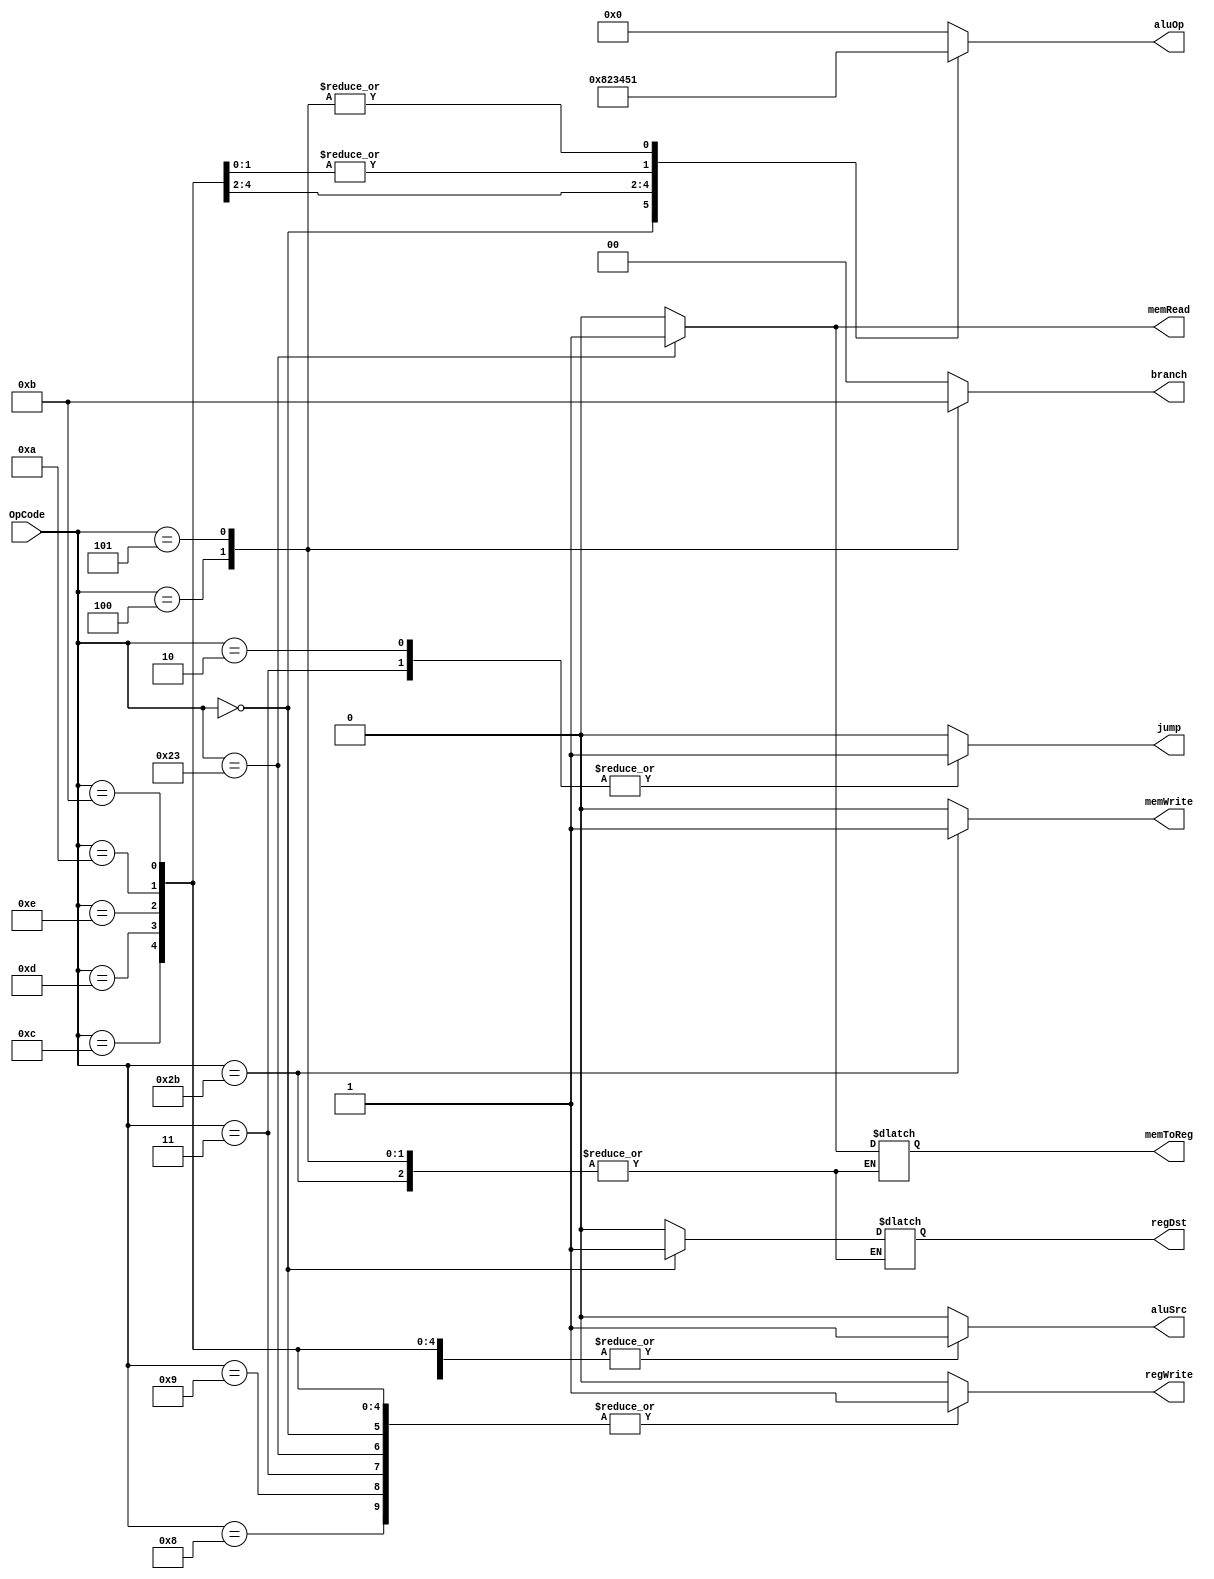
`timescale 1ns / 1ps
//////////////////////////////////////////////////////////////////////////////////
// Company: 
// Engineer: 
// 
// Design Name: 
// Module Name: Ctr
// Project Name: 
// Target Devices: 
// Tool Versions: 
// Description: 
// 
// Dependencies: 
// 
// Revision:
// Revision 0.01 - File Created
// Additional Comments:
// 
//////////////////////////////////////////////////////////////////////////////////


module Ctr(
    input [5:0] OpCode,
    output regDst,
    output aluSrc,
    output memToReg,
    output regWrite,
    output memRead,
    output memWrite,
    output [1:0] branch,
    output [3:0] aluOp,
    output jump
    );
    
    reg RegDst;
    reg ALUSrc;
    reg MemToReg;
    reg RegWrite;
    reg MemRead;
    reg MemWrite;
    reg [1:0] Branch;
    reg [3:0] ALUOp;
    reg Jump;
    
    always @ (OpCode)
    begin
        case(OpCode)
        6'b000000:  // R type
        begin
            RegDst = 1;
            ALUSrc = 0;
            MemToReg = 0;
            RegWrite = 1;
            MemRead = 0;
            MemWrite = 0;
            Branch = 0;
            ALUOp = 4'b1000;
            Jump = 0;
        end
        
        6'b001000:  // addi
        begin
            RegDst = 0;
            ALUSrc = 1;
            MemToReg = 0;
            RegWrite = 1;
            MemRead = 0;
            MemWrite = 0;
            Branch = 0;
            ALUOp = 4'b0000;
            Jump = 0;
        end
        
       6'b001001:  // addiu
        begin
            RegDst = 0;
            ALUSrc = 1;
            MemToReg = 0;
            RegWrite = 1;
            MemRead = 0;
            MemWrite = 0;
            Branch = 0;
            ALUOp = 4'b0000;
            Jump = 0;
        end
        
        6'b001100:  // andi
        begin
            RegDst = 0;
            ALUSrc = 1;
            MemToReg = 0;
            RegWrite = 1;
            MemRead = 0;
            MemWrite = 0;
            Branch = 0;
            ALUOp = 4'b0010;
            Jump = 0;
        end
        
        6'b001101:  // ori
        begin
            RegDst = 0;
            ALUSrc = 1;
            MemToReg = 0;
            RegWrite = 1;
            MemRead = 0;
            MemWrite = 0;
            Branch = 0;
            ALUOp = 4'b0011;
            Jump = 0;
        end
        
        6'b001110:  // xori
        begin
            RegDst = 0;
            ALUSrc = 1;
            MemToReg = 0;
            RegWrite = 1;
            MemRead = 0;
            MemWrite = 0;
            Branch = 0;
            ALUOp = 4'b0100;
            Jump = 0;
        end
        
        6'b001010:  // slti
        begin
            RegDst = 0;
            ALUSrc = 1;
            MemToReg = 0;
            RegWrite = 1;
            MemRead = 0;
            MemWrite = 0;
            Branch = 0;
            ALUOp = 4'b0101;
            Jump = 0;
        end
        
        6'b001011:  // sltiu
        begin
            RegDst = 0;
            ALUSrc = 1;
            MemToReg = 0;
            RegWrite = 1;
            MemRead = 0;
            MemWrite = 0;
            Branch = 0;
            ALUOp = 4'b0101;
            Jump = 0;
        end
                
        6'b100011:  // lw
        begin
            RegDst = 0;
            ALUSrc = 1;
            MemToReg = 1;
            RegWrite = 1;
            MemRead = 1;
            MemWrite = 0;
            Branch = 0;
            ALUOp = 4'b0000;
            Jump = 0;
        end
        
        6'b101011:  // sw
        begin
            //RegDst = x;
            ALUSrc = 1;
            //MemToReg = x;
            RegWrite = 0;
            MemRead = 0;
            MemWrite = 1;
            Branch = 0;
            ALUOp = 4'b0000;
            Jump = 0;
        end
        
        6'b000100:  // beq
        begin
            //RegDst = x;
            ALUSrc = 0;
            //MemToReg = x;
            RegWrite = 0;
            MemRead = 0;
            MemWrite = 0;
            Branch = 2'b10;
            ALUOp = 4'b0001;
            Jump = 0;
        end
        
        6'b000101:  // bne
        begin
            //RegDst = x;
            ALUSrc = 0;
            //MemToReg = x;
            RegWrite = 0;
            MemRead = 0;
            MemWrite = 0;
            Branch = 2'b11;
            ALUOp = 4'b0001;
            Jump = 0;
        end
        
        6'b000010:  // jump
        begin
            RegDst = 0;
            ALUSrc = 0;
            MemToReg = 0;
            RegWrite = 0;
            MemRead = 0;
            MemWrite = 0;
            Branch = 0;
            ALUOp = 4'b0000;
            Jump = 1;
        end
        
        6'b000011:  // jal
        begin
            RegDst = 0;
            ALUSrc = 0;
            MemToReg = 0;
            RegWrite = 1;
            MemRead = 0;
            MemWrite = 0;
            Branch = 0;
            ALUOp = 4'b0000;
            Jump = 1;
        end
        
        default:
        begin
            RegDst = 0;
            ALUSrc = 0;
            MemToReg = 0;
            RegWrite = 0;
            MemRead = 0;
            MemWrite = 0;
            Branch = 0;
            ALUOp = 4'b0000;
            Jump = 0;
        end
        endcase
    end
    
    assign regDst = RegDst;
    assign aluSrc = ALUSrc;
    assign memToReg = MemToReg;
    assign regWrite = RegWrite;
    assign memRead = MemRead;
    assign memWrite = MemWrite;
    assign branch = Branch;
    assign aluOp = ALUOp;
    assign jump = Jump;
endmodule